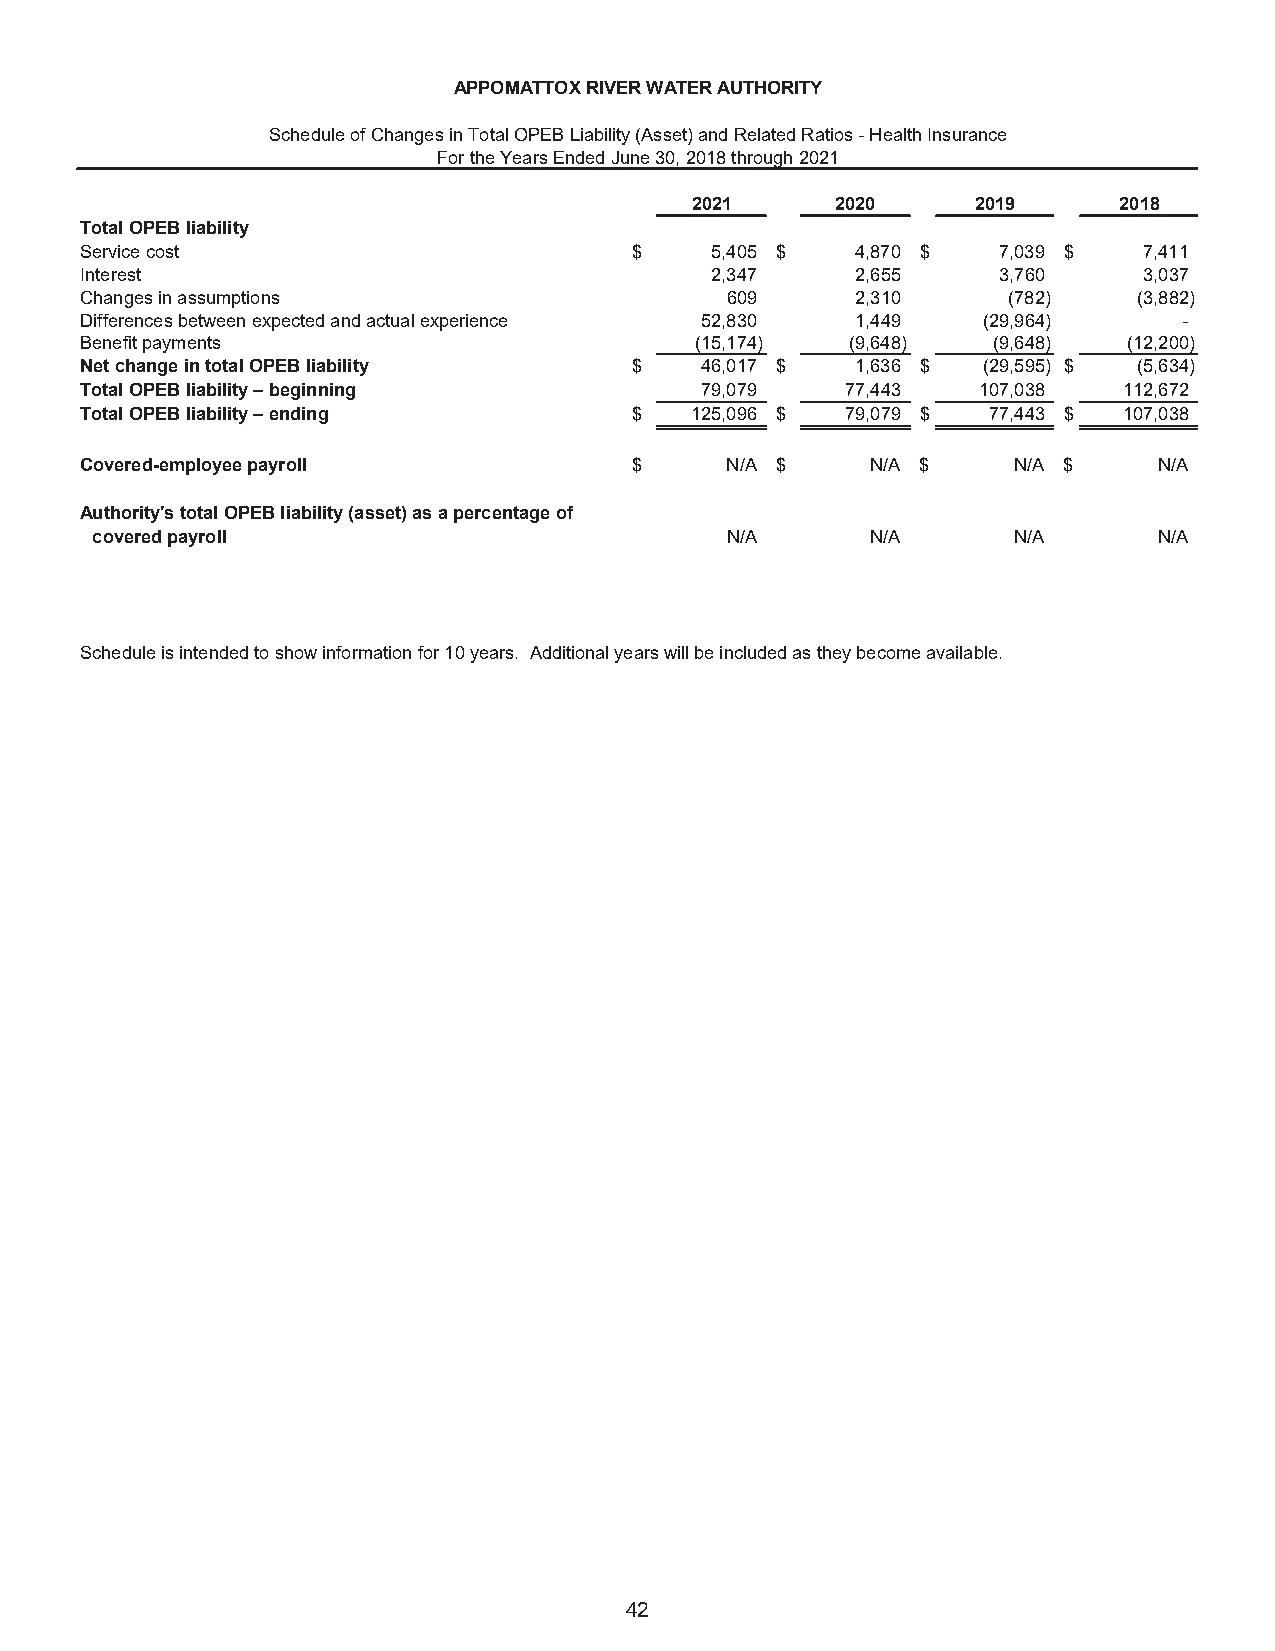
APPOMATTOX RIVER WATER AUTHORITY
 Schedule of Changes in Total OPEB Liability (Asset) and Related Ratios - Health Insurance
 For the Years Ended June 30, 2018 through 2021
 2021     2020      2019     2018
 Total OPEB liability
 Service cost                         $    5 ,405 $  4,870 $  7,039 $   7 ,411
 Interest                                  2 ,347    2,655    3 ,760    3,037
 Changes in assumptions                     6 09     2,310     ( 782)  (3,882)
 Differences between expected and actual experience 5 2,830 1 ,449 (29,964) -
 Benefit payments                         ( 15,174) ( 9,648)  ( 9,648) (12,200)
 Net change in total OPEB liability   $   4 6,017 $  1 ,636 $ (29,595) $ ( 5,634)
 Total OPEB liability – beginning         7 9,079   77,443   107,038  112,672
 Total OPEB liability – ending        $   1 25,096 $ 7 9,079 $ 7 7,443 $ 107,038
 Covered-employee payroll             $     N/A $     N/A $    N/A $     N/A
 Authority's total OPEB liability (asset) as a percentage of
 covered payroll                           N/A       N/A      N/A       N/A
 Schedule is intended to show information for 10 years. Additional years will be included as they become available.
 42